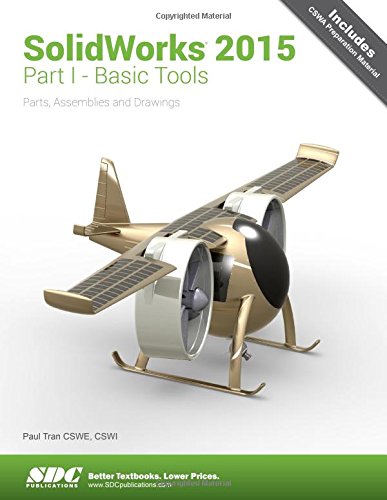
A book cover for Solidworks 2015 Part I Basic Tools; Paul Tran; Engineering & Transportation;